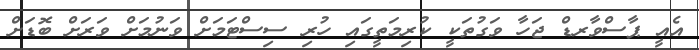
އެއީ ޕާސްވާރޑް ޖަހާ ވަގުތަކީ ކުރިމަތީގައި ހުރި ސިސްޓަމަށް ވަނުމަށް ވަރަށް ބޮޑަށް